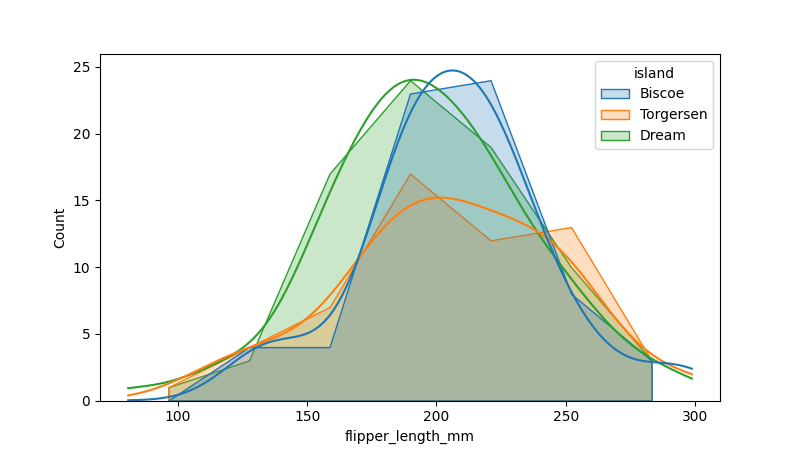
python, seaborn, histplot, hue='island', binwidth=30, bins='auto', element='poly'